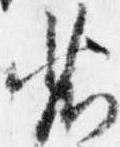
省